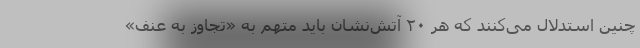
چنین استدلال می‌کنند که هر ۲۰ آتش‌نشان باید متهم به «تجاوز به عنف»